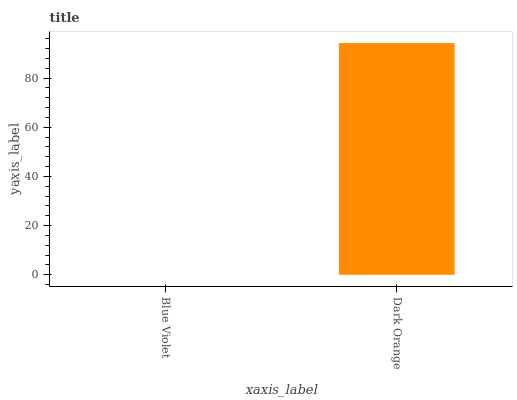
| xaxis_label | bars |
 | --- | --- |
 | Blue Violet | 0 |
 | Dark Orange | 94.2 |